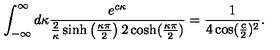
\int _ { - \infty } ^ { \infty } d \kappa \frac { e ^ { c \kappa } } { \frac { 2 } { \kappa } \sinh \left( \frac { \kappa \pi } { 2 } \right) 2 \cosh ( \frac { \kappa \pi } 2 ) } = \frac { 1 } { 4 \cos ( { \frac { c } { 2 } } ) ^ { 2 } } .